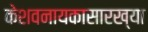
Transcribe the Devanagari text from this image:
केशवनायकासारख्या